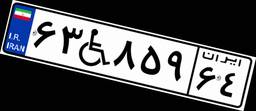
۳۶W۹۶۶۸۲